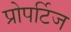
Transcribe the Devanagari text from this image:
प्रोपर्टिज